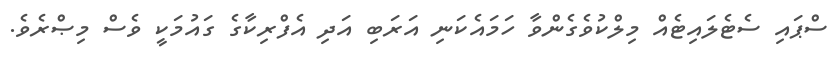
ސްޕައި ސެޓެލައިޓެއް މިލްކުވެގެންވާ ހަމައެކަނި އަރަބި އަދި އެފްރިކާގެ ގައުމަކީ ވެސް މިޞްރެވެ.